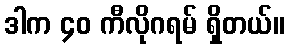
ဒါက ၄၀ ကီလိုဂရမ် ရှိတယ်။